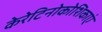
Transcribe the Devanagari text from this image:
केरेटिनोकोशिकाएं